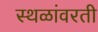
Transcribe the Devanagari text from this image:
स्थळांवरती